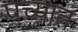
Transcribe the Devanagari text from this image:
पच्यात